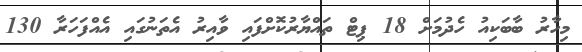
މިހާރު ބާބަކިއު ހެދުމަށް 18 ޕިޓް ތައްޔާރުކޮށްފައި ވާއިރު އެތަނުގައި އެއްފަހަރާ 130